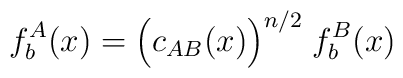
f_b^A(x) =\Bigl(c_{AB}(x)\Bigr)^{n/2}\;f_b^B(x)